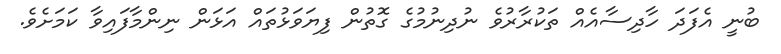
ބުނީ އެފަދަ ހާދިސާއެއް ތަކުރާރުވެ ނުދިނުމުގެ ގޮތުން ފިޔަވަޅުތައް އަޅަން ނިންމާފައިވާ ކަމަށެވެ.